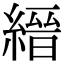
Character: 縉